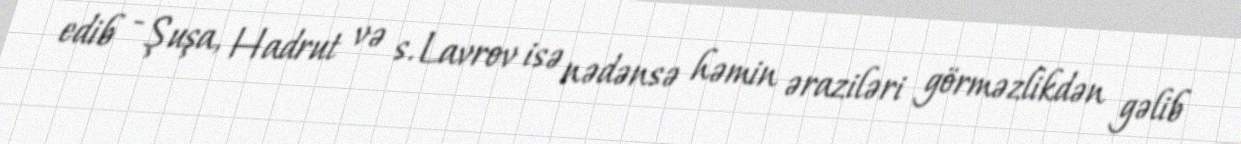
edib - Şuşa, Hadrut və s. Lavrov isə nədənsə həmin əraziləri görməzlikdən gəlib